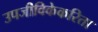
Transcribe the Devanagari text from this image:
उपजीविकेकरिता